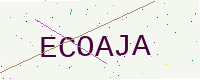
Text: ECOAJA